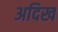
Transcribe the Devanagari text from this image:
अदिख